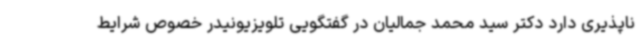
‌ناپذیری دارد دکتر سید محمد جمالیان در گفتگویی تلویزیونیدر خصوص شرایط